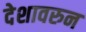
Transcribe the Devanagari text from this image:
देशावरुन